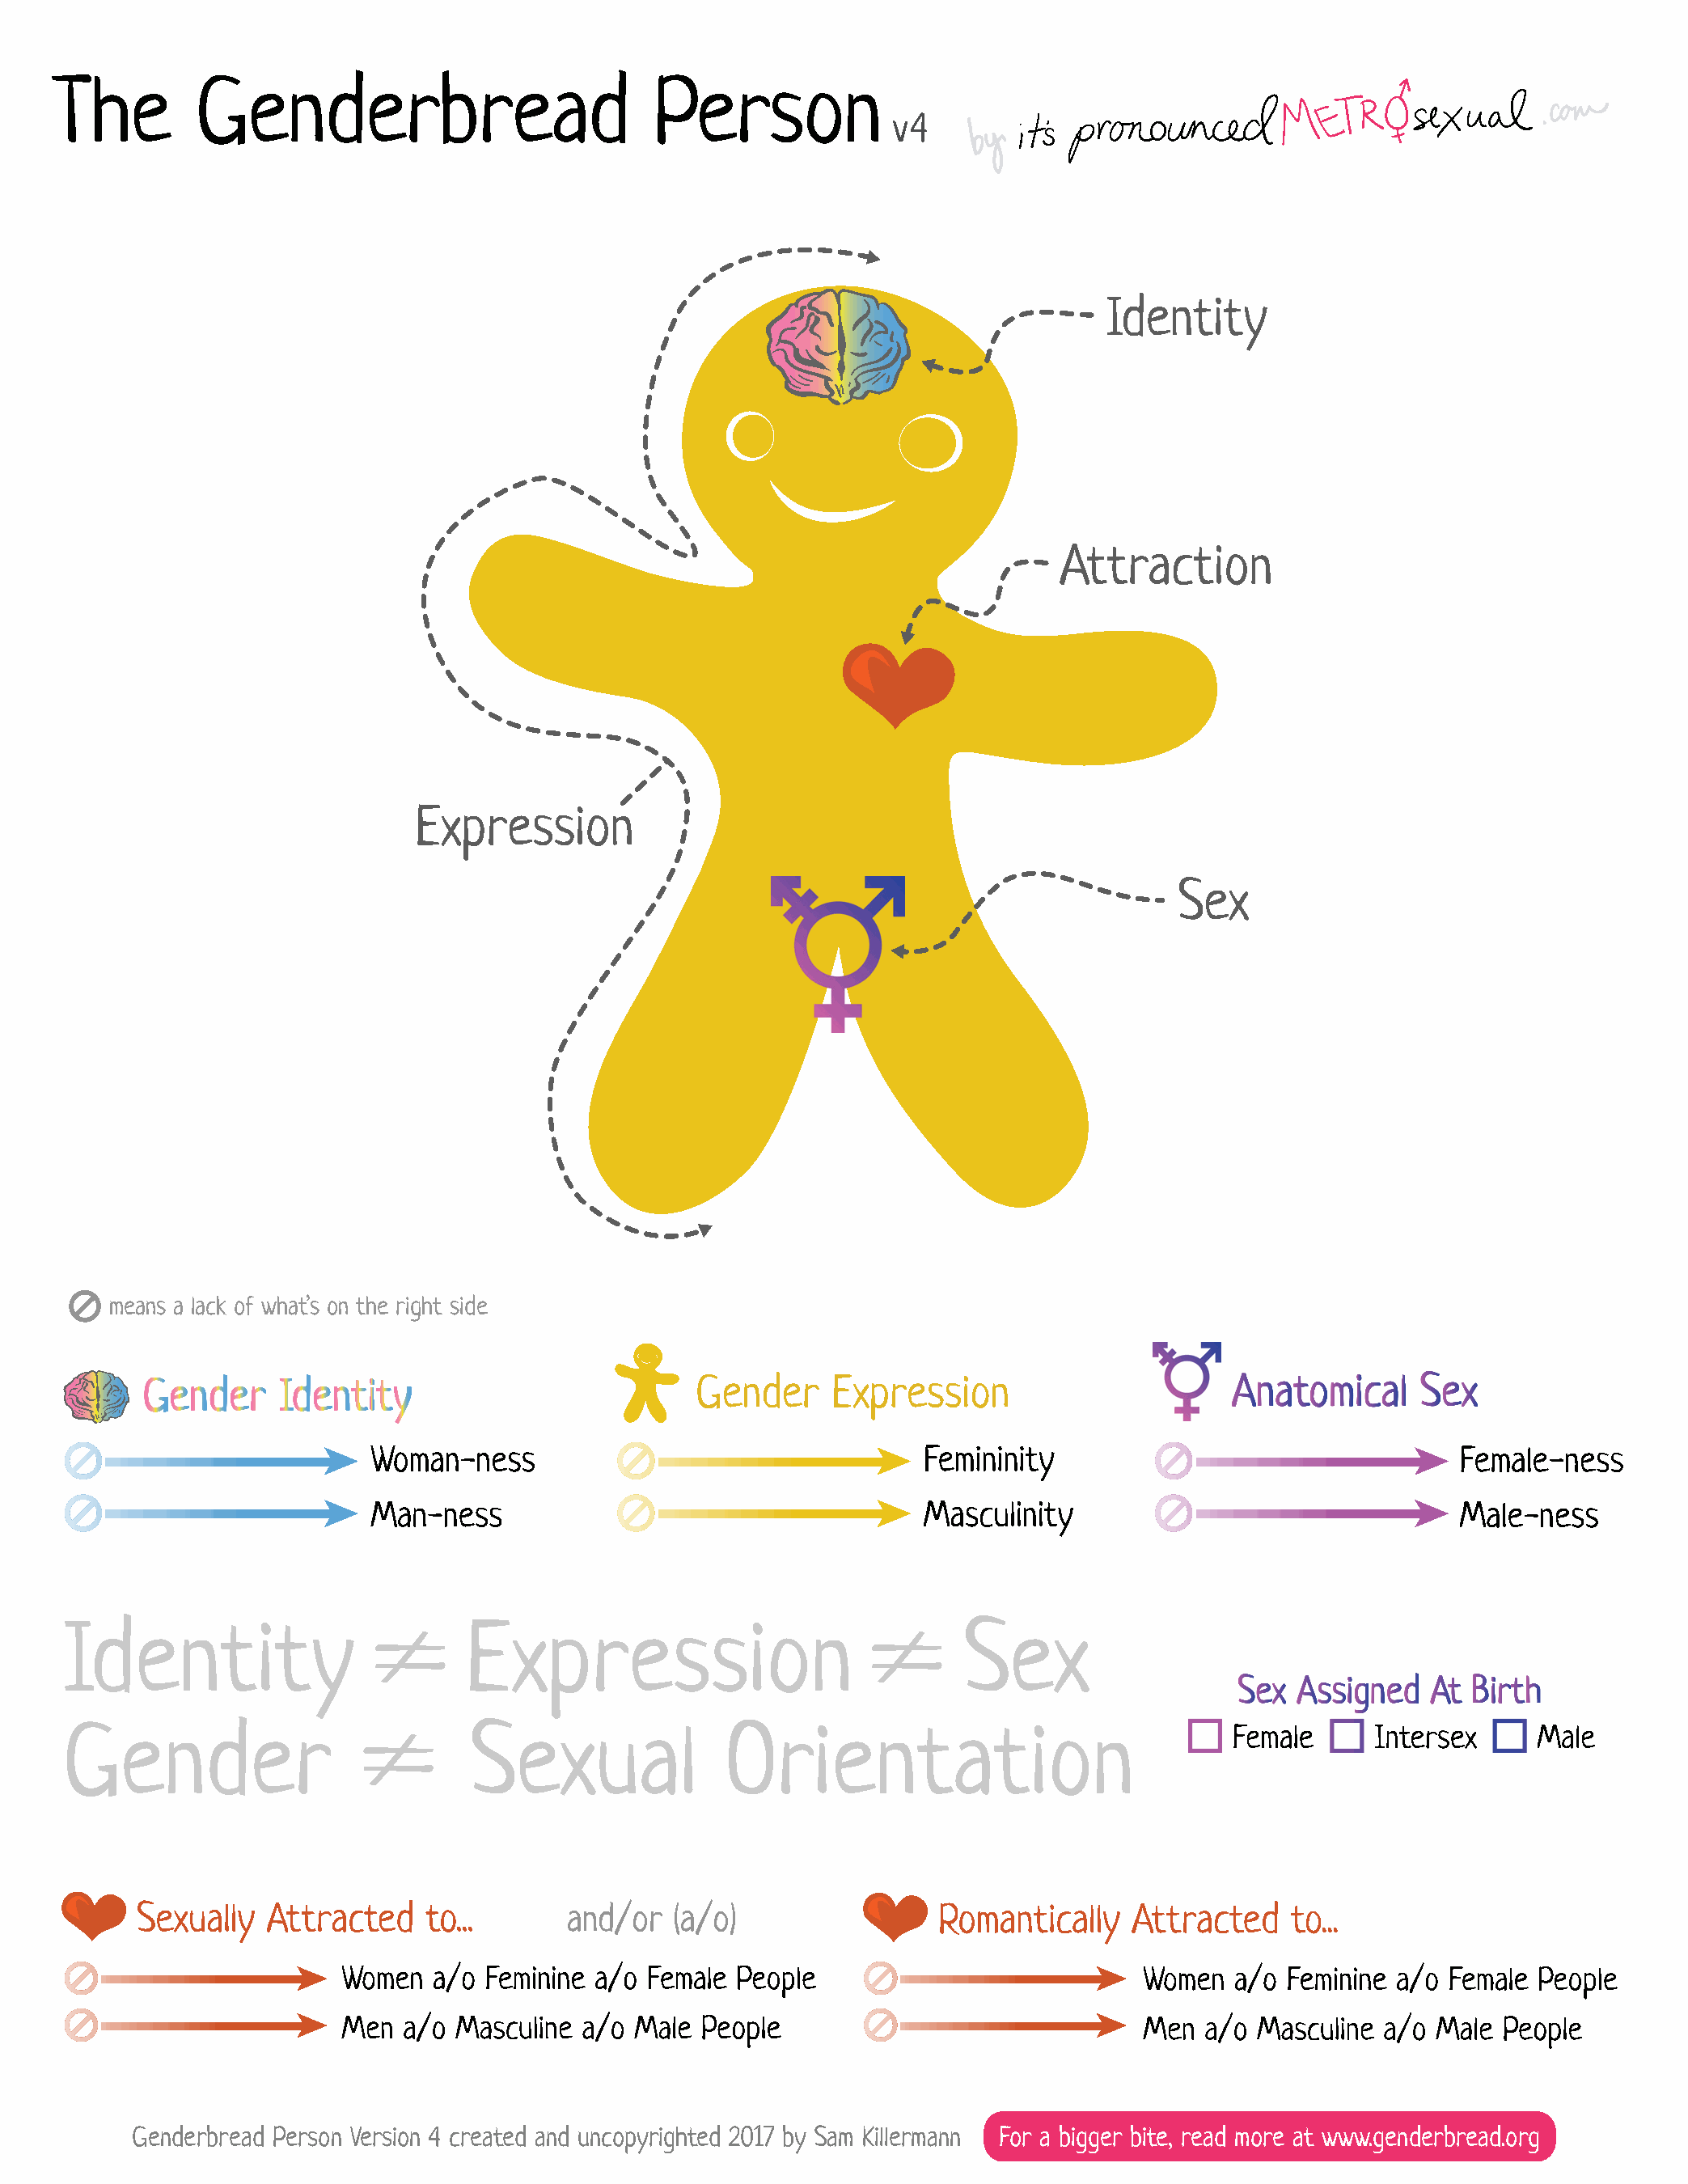
The         Genderbread                          Person
 v4
 Identity
 Attraction
 Expression
 Sex
 means a lack of what’s on the right side
 Identity                         Expression                               Sex
 Gender                            Sexual              Orientation
 and/or   (a/o)
 Genderbread Person Version 4 created and uncopyrighted 2017 by Sam Killermann For a bigger bite, read more at www.genderbread.org